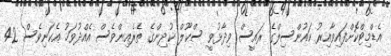
އެޑްމިޓްކޮށްފައިވާއިރު ކައުންސިލްގެ ރައީސް ވިދާޅުވީ ސްކޫލް ކުދިންގެ ތެރެއިންވެސް އެއްދުވަހު އެކަނިވެސް 42